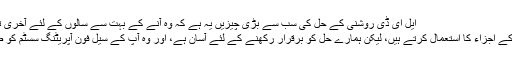
Orphek ایل ای ڈی روشنی کے حل کی سب سے بڑی چیزیں یہ ہے کہ وہ آنے کے بہت سے سالوں کے لئے آخری تعمیر کر رہے ہیں.
نہ صرف ہم اعلی ترین اجزاء کے اجزاء کا استعمال کرتے ہیں، لیکن ہمارے حل کو برقرار رکھنے کے لئے آسان ہے، اور وہ آپ کے سیل فون آپریٹنگ سسٹم کو صرف اپ گریڈ پیش کرتے ہیں!